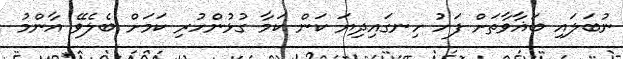
ނުބަލައި ބަޣާވާތަށް ފަހު ހިނގައިދިޔަ ކަން ކަމާ ގުޅުންހުރި ކަމަށް ބެލެވޭ އާންމު